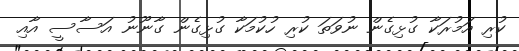
ކުރި އަމުރަކާ ގުޅިގެން ނުވަތަ ކުރި ހުކުމަކާ ގުޅިގެން ގާނޫނު އަސާސީ އާއި